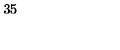
3 5